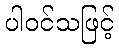
ပါဝင်သဖြင့်